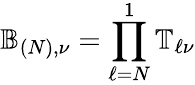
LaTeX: \mathbb{B}_{(N),\nu}=\prod_{\ell=N}^{1}\mathbb{T}_{\ell\nu}